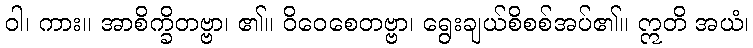
ဝါ၊ ကား။ အာစိက္ခိတဗ္ဗာ၊ ၏။ ဝိဝေစေတဗ္ဗာ၊ ရွေးချယ်စိစစ်အပ်၏။ ဣတိ အယံ၊